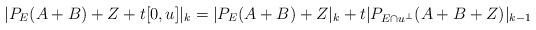
LaTeX: \begin{align*}|P_E(A+B)+Z+t[0,u]|_{k}=|P_E(A+B)+Z|_k+t|P_{E\cap u^\bot}(A+B+Z)|_{k-1}\end{align*}